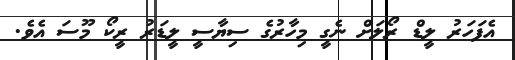
އެފަހަރު ލީޑް ރޯލަށް ނެގީ މިހާރުގެ ސިޔާސީ ލީޑަރު ރީކޯ މޫސަ އެވެ.